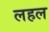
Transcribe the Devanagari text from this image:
लहल